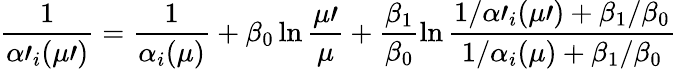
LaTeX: \frac{1}{\alpha\prime_{i}(\mu\prime)}=\frac{1}{\alpha_{i}(\mu)}+\beta_{0}\ln\frac{\mu\prime}{\mu}+\frac{\beta_{1}}{\beta_{0}}\ln\frac{1/\alpha\prime_{i}(\mu\prime)+\beta_{1}/\beta_{0}}{1/\alpha_{i}(\mu)+\beta_{1}/\beta_{0}}